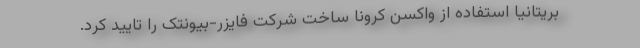
بریتانیا استفاده از واکسن کرونا ساخت شرکت فایزر-بیونتک را تایید کرد.